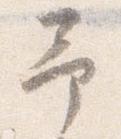
予